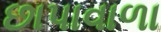
છાપાવાળા